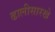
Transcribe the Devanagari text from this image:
ढालीसारखे